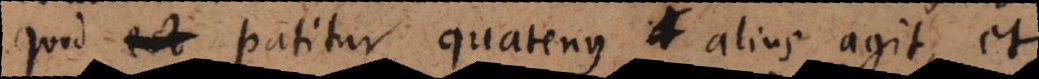
quod patitur quatenus alius agit, et